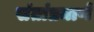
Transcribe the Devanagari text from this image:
संतांप्रमाणे